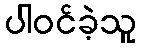
ပါဝင်ခဲ့သူ